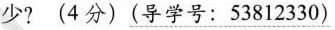
少?(4分)\underline{(导学号：53812330)}